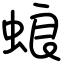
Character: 蜋